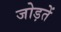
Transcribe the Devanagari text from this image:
जोड़तें